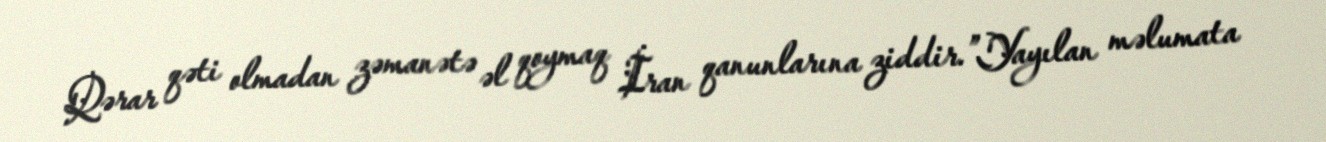
Qərar qəti olmadan zəmanətə əl qoymaq İran qanunlarına ziddir.”Yayılan məlumata